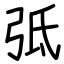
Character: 弤